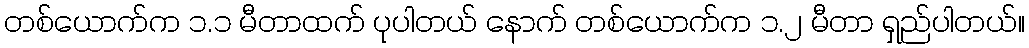
တစ်ယောက်က ၁.၁ မီတာထက် ပုပါတယ် နောက် တစ်ယောက်က ၁.၂ မီတာ ရှည်ပါတယ်။